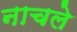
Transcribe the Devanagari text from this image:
नाचले